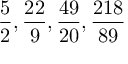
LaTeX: { \frac { 5 } { 2 } } , { \frac { 2 2 } { 9 } } , { \frac { 4 9 } { 2 0 } } , { \frac { 2 1 8 } { 8 9 } }